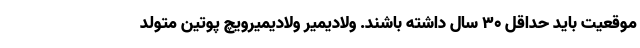
موقعیت باید حداقل ۳۰ سال داشته باشند. ولادیمیر ولادیمیرویچ پوتین متولد